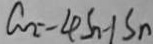
a _ { 2 } = 4 S _ { n } - 1 S _ { n }